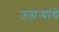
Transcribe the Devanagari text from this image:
उतार्‍यांचे